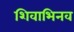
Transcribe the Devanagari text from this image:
शिवाभिनव